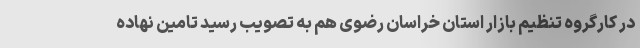
در کارگروه تنظیم بازار استان خراسان رضوی هم به تصویب رسید تامین نهاده